Language: tamil
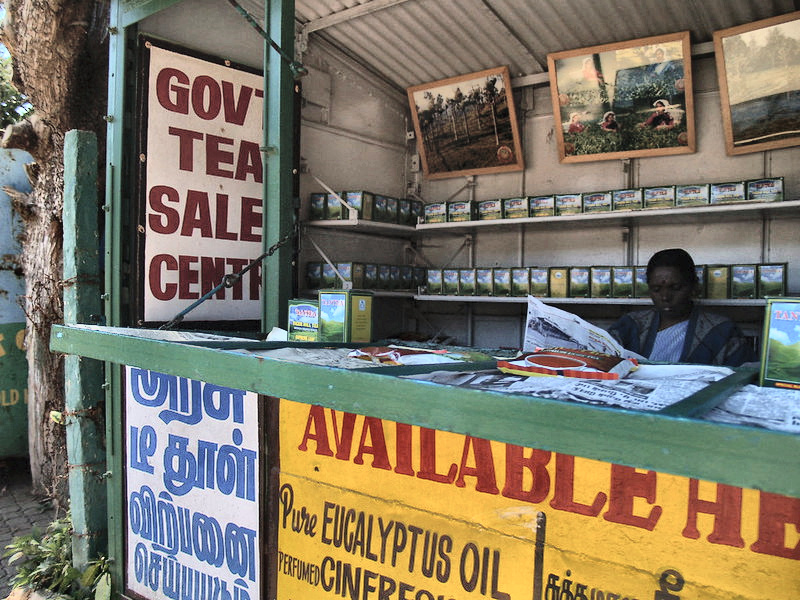
Transcription: டீ தூள் விற்பனை